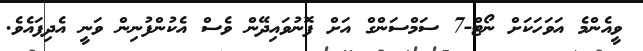
ވީއެންމެ އަވަހަކަށް ނޯޓް-7 ސަމްސަންގް އަށް ފޮނުވައިދޭން ވެސް އެކުންފުނިން ވަނީ އެދިފައެވެ.